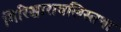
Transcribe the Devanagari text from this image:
गिरिश्चारावलिस्तथा